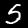
Label: 5